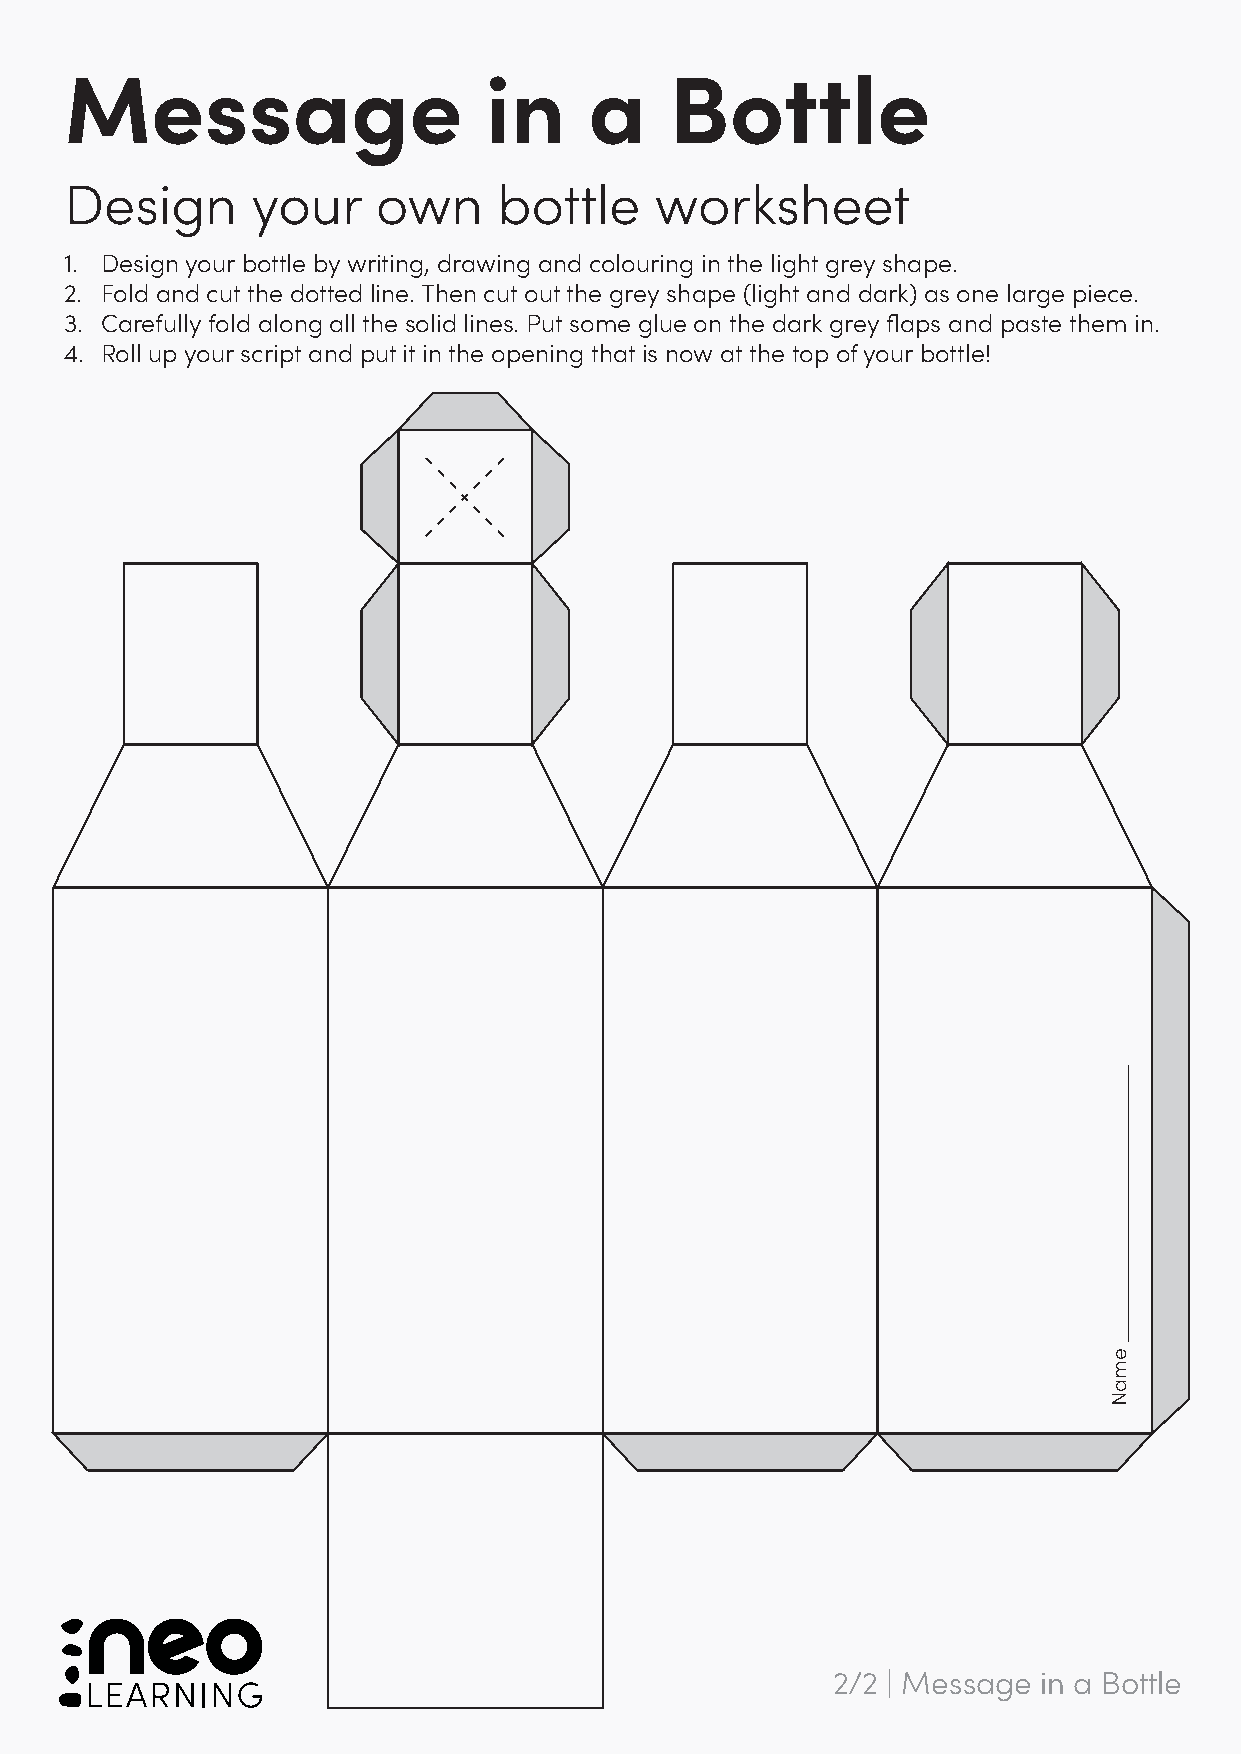
Message                     in     a    Bottle
 Design       your    own     bottle    worksheet
 1. Design your bottle by writing, drawing and colouring in the light grey shape.
 2. Fold and cut the dotted line. Then cut out the grey shape (light and dark) as one large piece.
 3. Carefully fold along all the solid lines. Put some glue on the dark grey flaps and paste them in.
 4. Roll up your script and put it in the opening that is now at the top of your bottle!
 2/2 | Message in a Bottle
 emaN